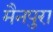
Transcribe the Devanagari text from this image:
मैनपुरा